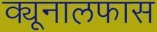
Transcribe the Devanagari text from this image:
क्यूनालफास